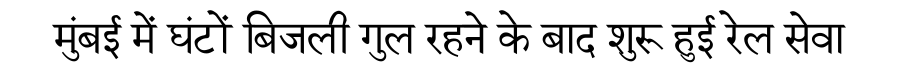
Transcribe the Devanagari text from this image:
मुंबई में घंटों बिजली गुल रहने के बाद शुरू हुई रेल सेवा